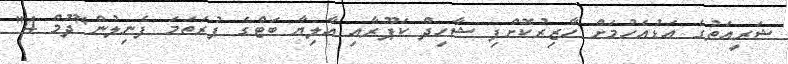
ޝަރީއަތުގެ އަޑުއެހުމަށް ހާޒިރުކޮށްފި ޝާހިދް ކަޕޫރާއި އާލިޔާ ބަޓްގެ ފުރަތަމަ ފެނިލުން"ދޫމް 4"